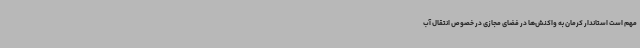
مهم است استاندار کرمان به واکنش‌ها در فضای مجازی در خصوص انتقال آب